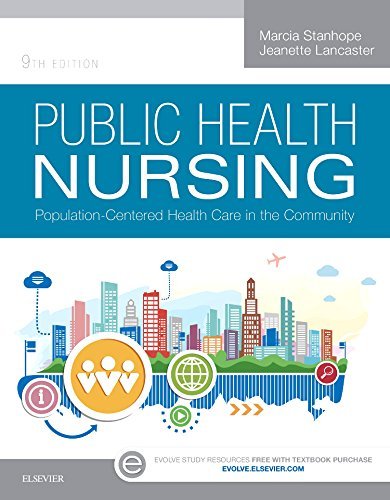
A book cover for Public Health Nursing: Population-Centered Health Care in the Community, 9e; Marcia Stanhope RN  DSN  FAAN; Medical Books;